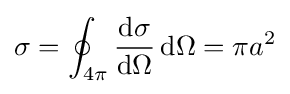
\sigma =\oint _{4\pi }{\frac {\mathrm {d} \sigma }{\mathrm {d} \Omega }}\,\mathrm {d} \Omega =\pi a^{2}